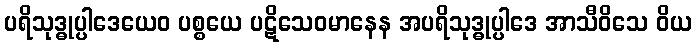
ပရိသုဒ္ဓုပ္ပါဒေယေဝ ပစ္စယေ ပဋိသေဝမာနေန အပရိသုဒ္ဓုပ္ပါဒေ အာသီဝိသေ ဝိယ